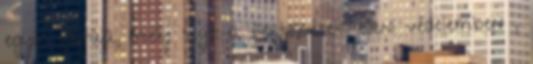
egyik fajtája, mely segít a fertőzések elleni védelemben ,